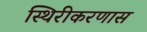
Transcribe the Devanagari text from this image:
स्थिरीकरणास